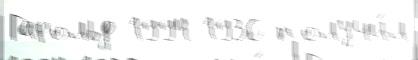
Гарольд 1994 1936 получи́л